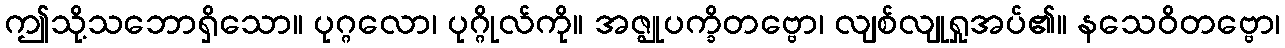
ဤသို့သဘောရှိသော။ ပုဂ္ဂလော၊ ပုဂ္ဂိုလ်ကို။ အဇ္ဈုပက္ခိတဗ္ဗော၊ လျစ်လျုရှုအပ်၏။ နသေဝိတဗ္ဗော၊